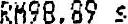
RM98.89 S